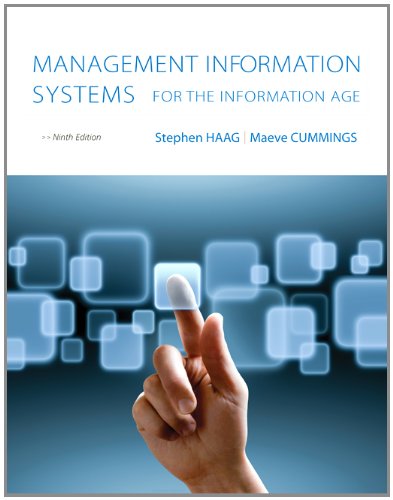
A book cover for Loose Leaf for Management Information Systems for the Information Age; Stephen Haag; Computers & Technology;